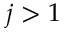
j > 1